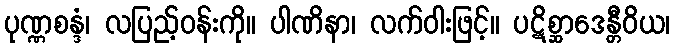
ပုဏ္ဏစန္ဒံ၊ လပြည့်ဝန်းကို။ ပါဏိနာ၊ လက်ဝါးဖြင့်။ ပဋိစ္ဆာဒေန္တီဝိယ၊